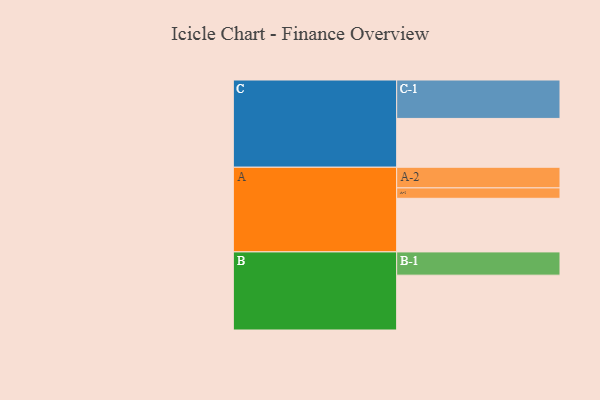
{"axis": {"x": "Segment", "y": "Value"}, "legend": ["", "A", "B", "C"], "data": [{"x": "A", "y": 392, "type": ""}, {"x": "B", "y": 401, "type": ""}, {"x": "C", "y": 357, "type": ""}, {"x": "A-1", "y": 76, "type": "A"}, {"x": "A-2", "y": 151, "type": "A"}, {"x": "B-1", "y": 170, "type": "B"}, {"x": "C-1", "y": 281, "type": "C"}]}